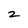
Character: 2